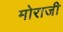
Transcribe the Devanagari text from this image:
मोराजी